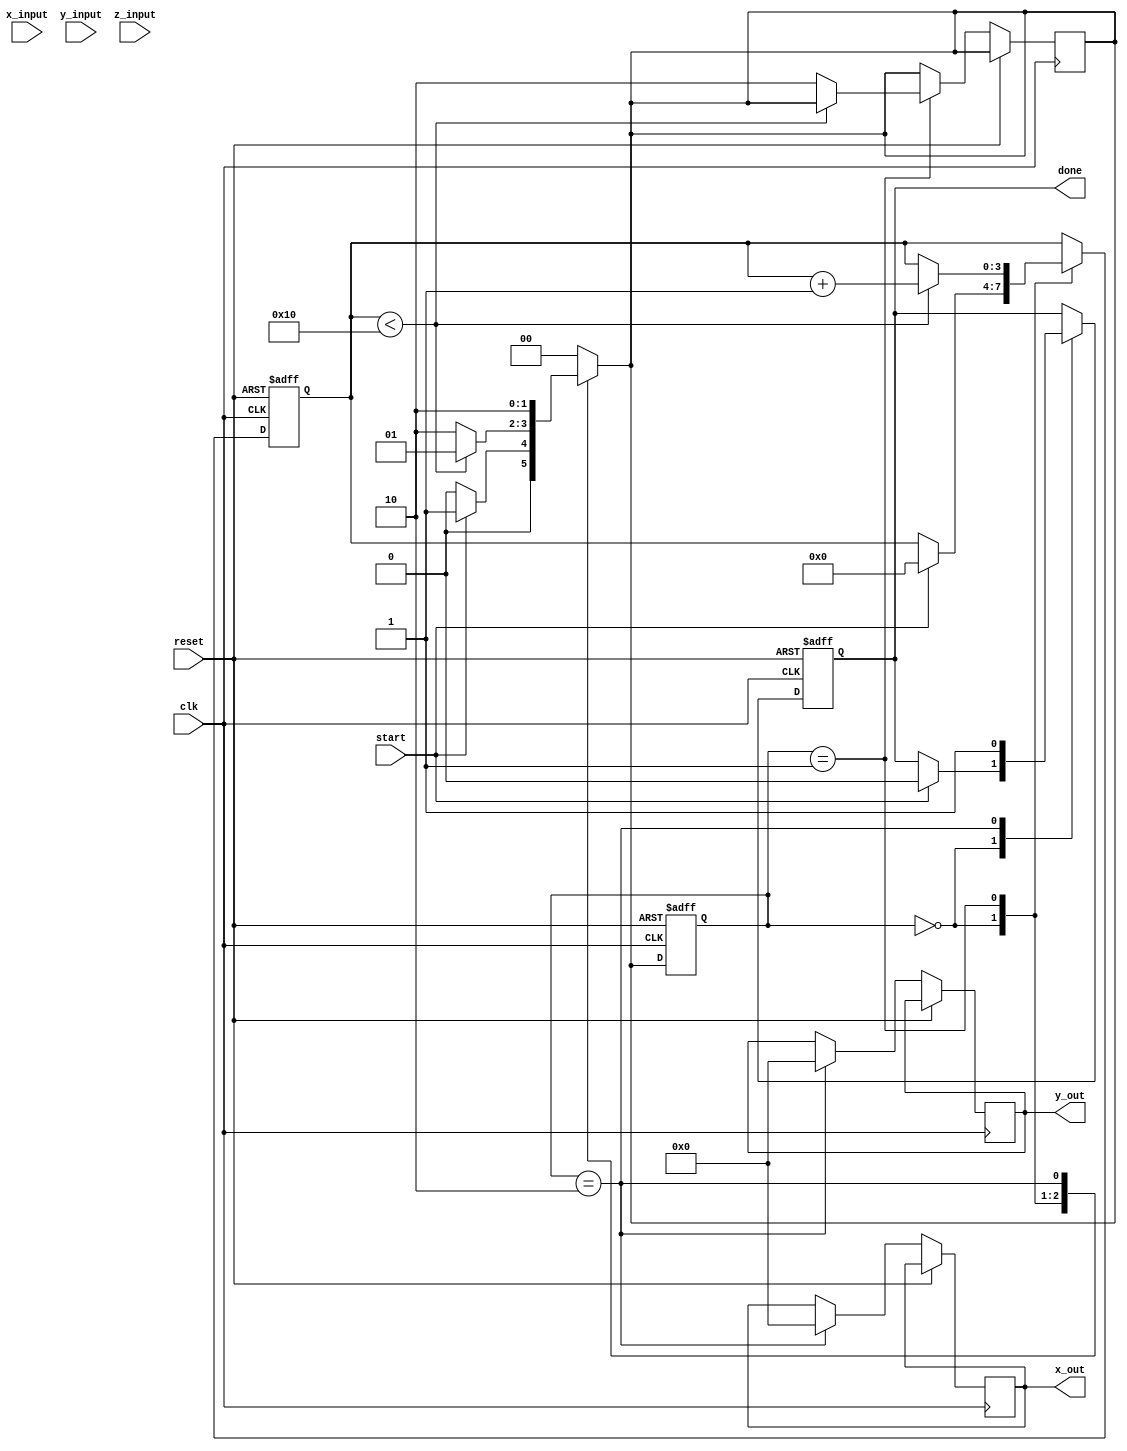
module complex_cordic (
    input wire clk,
    input wire reset,
    input wire start,
    input wire signed [15:0] x_input,   // Real part input
    input wire signed [15:0] y_input,   // Imaginary part input
    input wire signed [15:0] z_input,   // Angle input
    output reg signed [15:0] x_out,     // Real part output
    output reg signed [15:0] y_out,     // Imaginary part output
    output reg done                     // Done signal
);

    parameter N = 16;                   // Number of iterations
    parameter K = 16'h26DD;             // Scaling factor for CORDIC (approx. 0.607)

    // Lookup table for arctan values (in fixed-point representation)
    reg signed [15:0] angle_table [0:N-1]; 
    initial begin
        angle_table[0] = 16'h26E5; // atan(2^0)
        angle_table[1] = 16'h1A7D; // atan(2^-1)
        angle_table[2] = 16'h0FAD; // atan(2^-2)
        angle_table[3] = 16'h07D5; // atan(2^-3)
        angle_table[4] = 16'h03E9; // atan(2^-4)
        angle_table[5] = 16'h01FE; // atan(2^-5)
        angle_table[6] = 16'h00FF; // atan(2^-6)
        angle_table[7] = 16'h007F; // atan(2^-7)
        angle_table[8] = 16'h003F; // atan(2^-8)
        angle_table[9] = 16'h001F; // atan(2^-9)
        angle_table[10] = 16'h000F; // atan(2^-10)
        angle_table[11] = 16'h0007; // atan(2^-11)
        angle_table[12] = 16'h0003; // atan(2^-12)
        angle_table[13] = 16'h0001; // atan(2^-13)
        angle_table[14] = 16'h0000; // atan(2^-14)
        angle_table[15] = 16'hFFFF; // atan(2^-15)
    end

    // Registers
    reg signed [15:0] x, y, z;
    reg [3:0] i;                       // Iteration index
    reg [1:0] state, next_state;
    localparam INIT = 2'b00, COMPUTE = 2'b01, DONE = 2'b10;

    // FSM for CORDIC computation
    always @(posedge clk or posedge reset) begin
        if (reset) begin
            state <= INIT;
            x <= 0;
            y <= 0;
            z <= 0;
            i <= 0;
            done <= 0;
        end else begin
            state <= next_state;
            case (state)
                INIT: begin
                    if (start) begin
                        x <= x_input;
                        y <= y_input;
                        z <= z_input;
                        i <= 0;
                        done <= 0;
                    end
                end
                COMPUTE: begin
                    if (i < N) begin
                        // Rotate based on the angle comparison
                        if (z >= 0) begin
                            // Counter-clockwise rotation
                            z <= z - angle_table[i];
                            x <= x + (y >>> i);
                            y <= y - (x >>> i);
                        end else begin
                            // Clockwise rotation
                            z <= z + angle_table[i];
                            x <= x - (y >>> i);
                            y <= y + (x >>> i);
                        end
                        i <= i + 1;
                    end else begin
                        next_state <= DONE;  // Move to DONE state
                    end
                end
                DONE: begin
                    done <= 1;              // Set done signal
                    x_out <= x * K >>> 16; // Scale output back
                    y_out <= y * K >>> 16; // Scale output back
                end
            endcase
        end
    end

    // Next state logic
    always @(*) begin
        case (state)
            INIT: next_state = (start) ? COMPUTE : INIT;
            COMPUTE: next_state = (i < N) ? COMPUTE : DONE;
            DONE: next_state = DONE;
            default: next_state = INIT;
        endcase
    end

endmodule